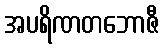
အပရိဏတဘောဇီ